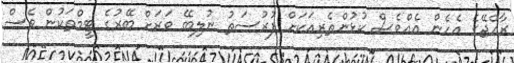
ރާއްޖޭގެ އެހެން އެއްވެސް ކުޅުންތެރިއަކަށް ފުރުސަތު ނުލިބޭ ވަރަށް ބޭރުގެ ޓީމްތަކުން ވެސް